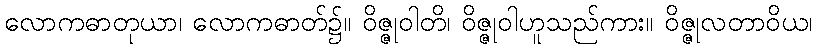
လောကဓာတုယာ၊ လောကဓာတ်၌။ ဝိဇ္ဇုဝါတိ၊ ဝိဇ္ဇုဝါဟူသည်ကား။ ဝိဇ္ဇုလတာဝိယ၊